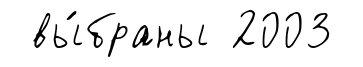
вы́браны 2003